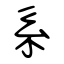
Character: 系